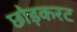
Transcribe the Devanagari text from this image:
छोड़करट